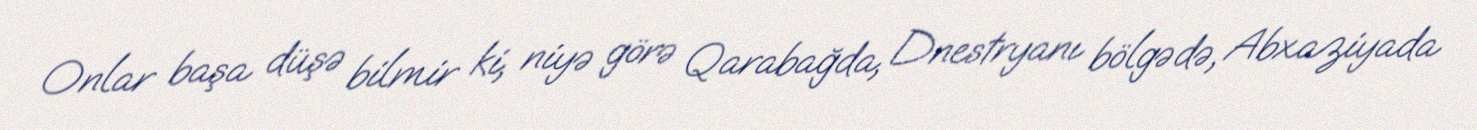
Onlar başa düşə bilmir ki, niyə görə Qarabağda, Dnestryanı bölgədə, Abxaziyada